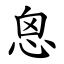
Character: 恖